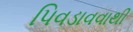
પિવડાવવાથી